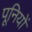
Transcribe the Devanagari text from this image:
पूनियों